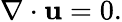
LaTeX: {\nabla\cdot\mathbf{u}}=0.